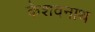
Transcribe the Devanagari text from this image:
केशवनाथ